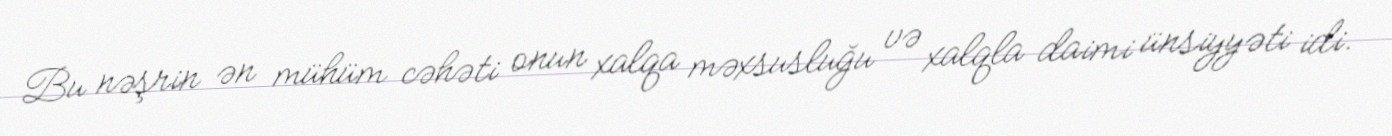
Bu nəşrin ən mühüm cəhəti onun xalqa məxsusluğu və xalqla daimi ünsiyyəti idi.